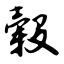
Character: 毂